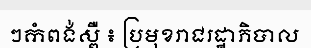
ៗកំពង់ស្ពឺ ៖ ប្រមុខរាជរដ្ឋាភិបាល